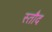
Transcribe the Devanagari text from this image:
स्तौद